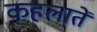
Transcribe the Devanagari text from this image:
कहलातें